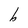
Character: b